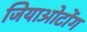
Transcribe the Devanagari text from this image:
जियाओटोंग